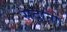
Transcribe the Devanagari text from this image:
सदानों